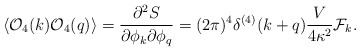
\begin{align*}\langle {\cal O}_4(k){\cal O}_4(q)\rangle = {\partial^2S \over \partial\phi_k\partial\phi_q} = (2\pi)^4\delta^{(4)}(k+q){V \over 4\kappa^2}{\cal F}_k.\end{align*}